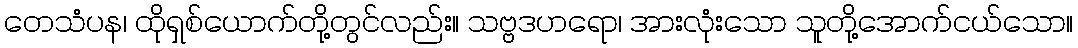
တေသံပန၊ ထိုရှစ်ယောက်တို့တွင်လည်း။ သဗ္ဗဒဟရော၊ အားလုံးသော သူတို့အောက်ငယ်သော။